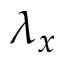
\lambda _ { x }